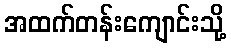
အထက်တန်းကျောင်းသို့